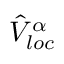
\hat { V } _ { l o c } ^ { \alpha }